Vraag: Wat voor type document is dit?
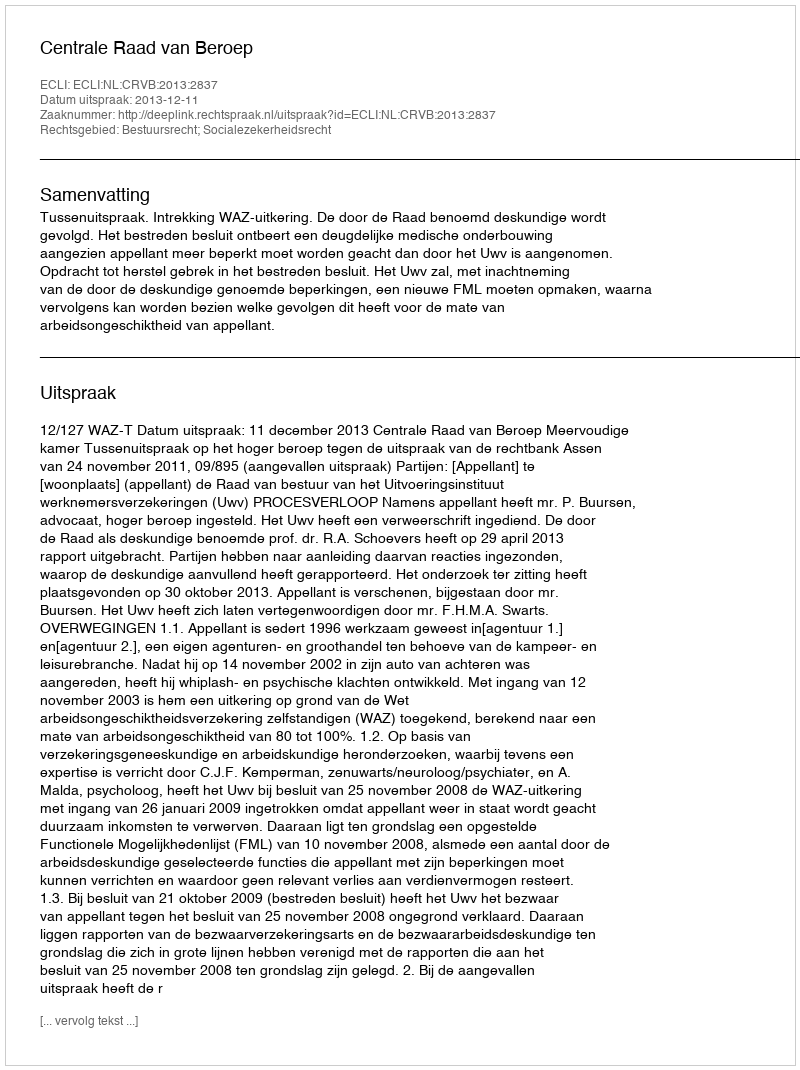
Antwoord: Uitspraak